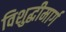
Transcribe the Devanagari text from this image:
विशुद्धीमार्ग